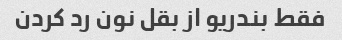
فقط بندریو از بقل نون رد کردن